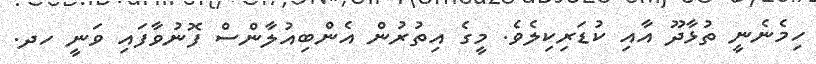
ހިމެނެނީ ތުޅާދޫ އާއި ކުޑަރިކިލެވެ. މީގެ އިތުރުން އެންބިއުލާންސް ފޮނުވާފައި ވަނީ ހދ.